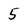
Character: 5